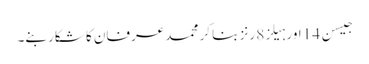
جیسن 14 اور ہیلز8 رنز بنا کر محمد عرفان کا شکار بنے۔